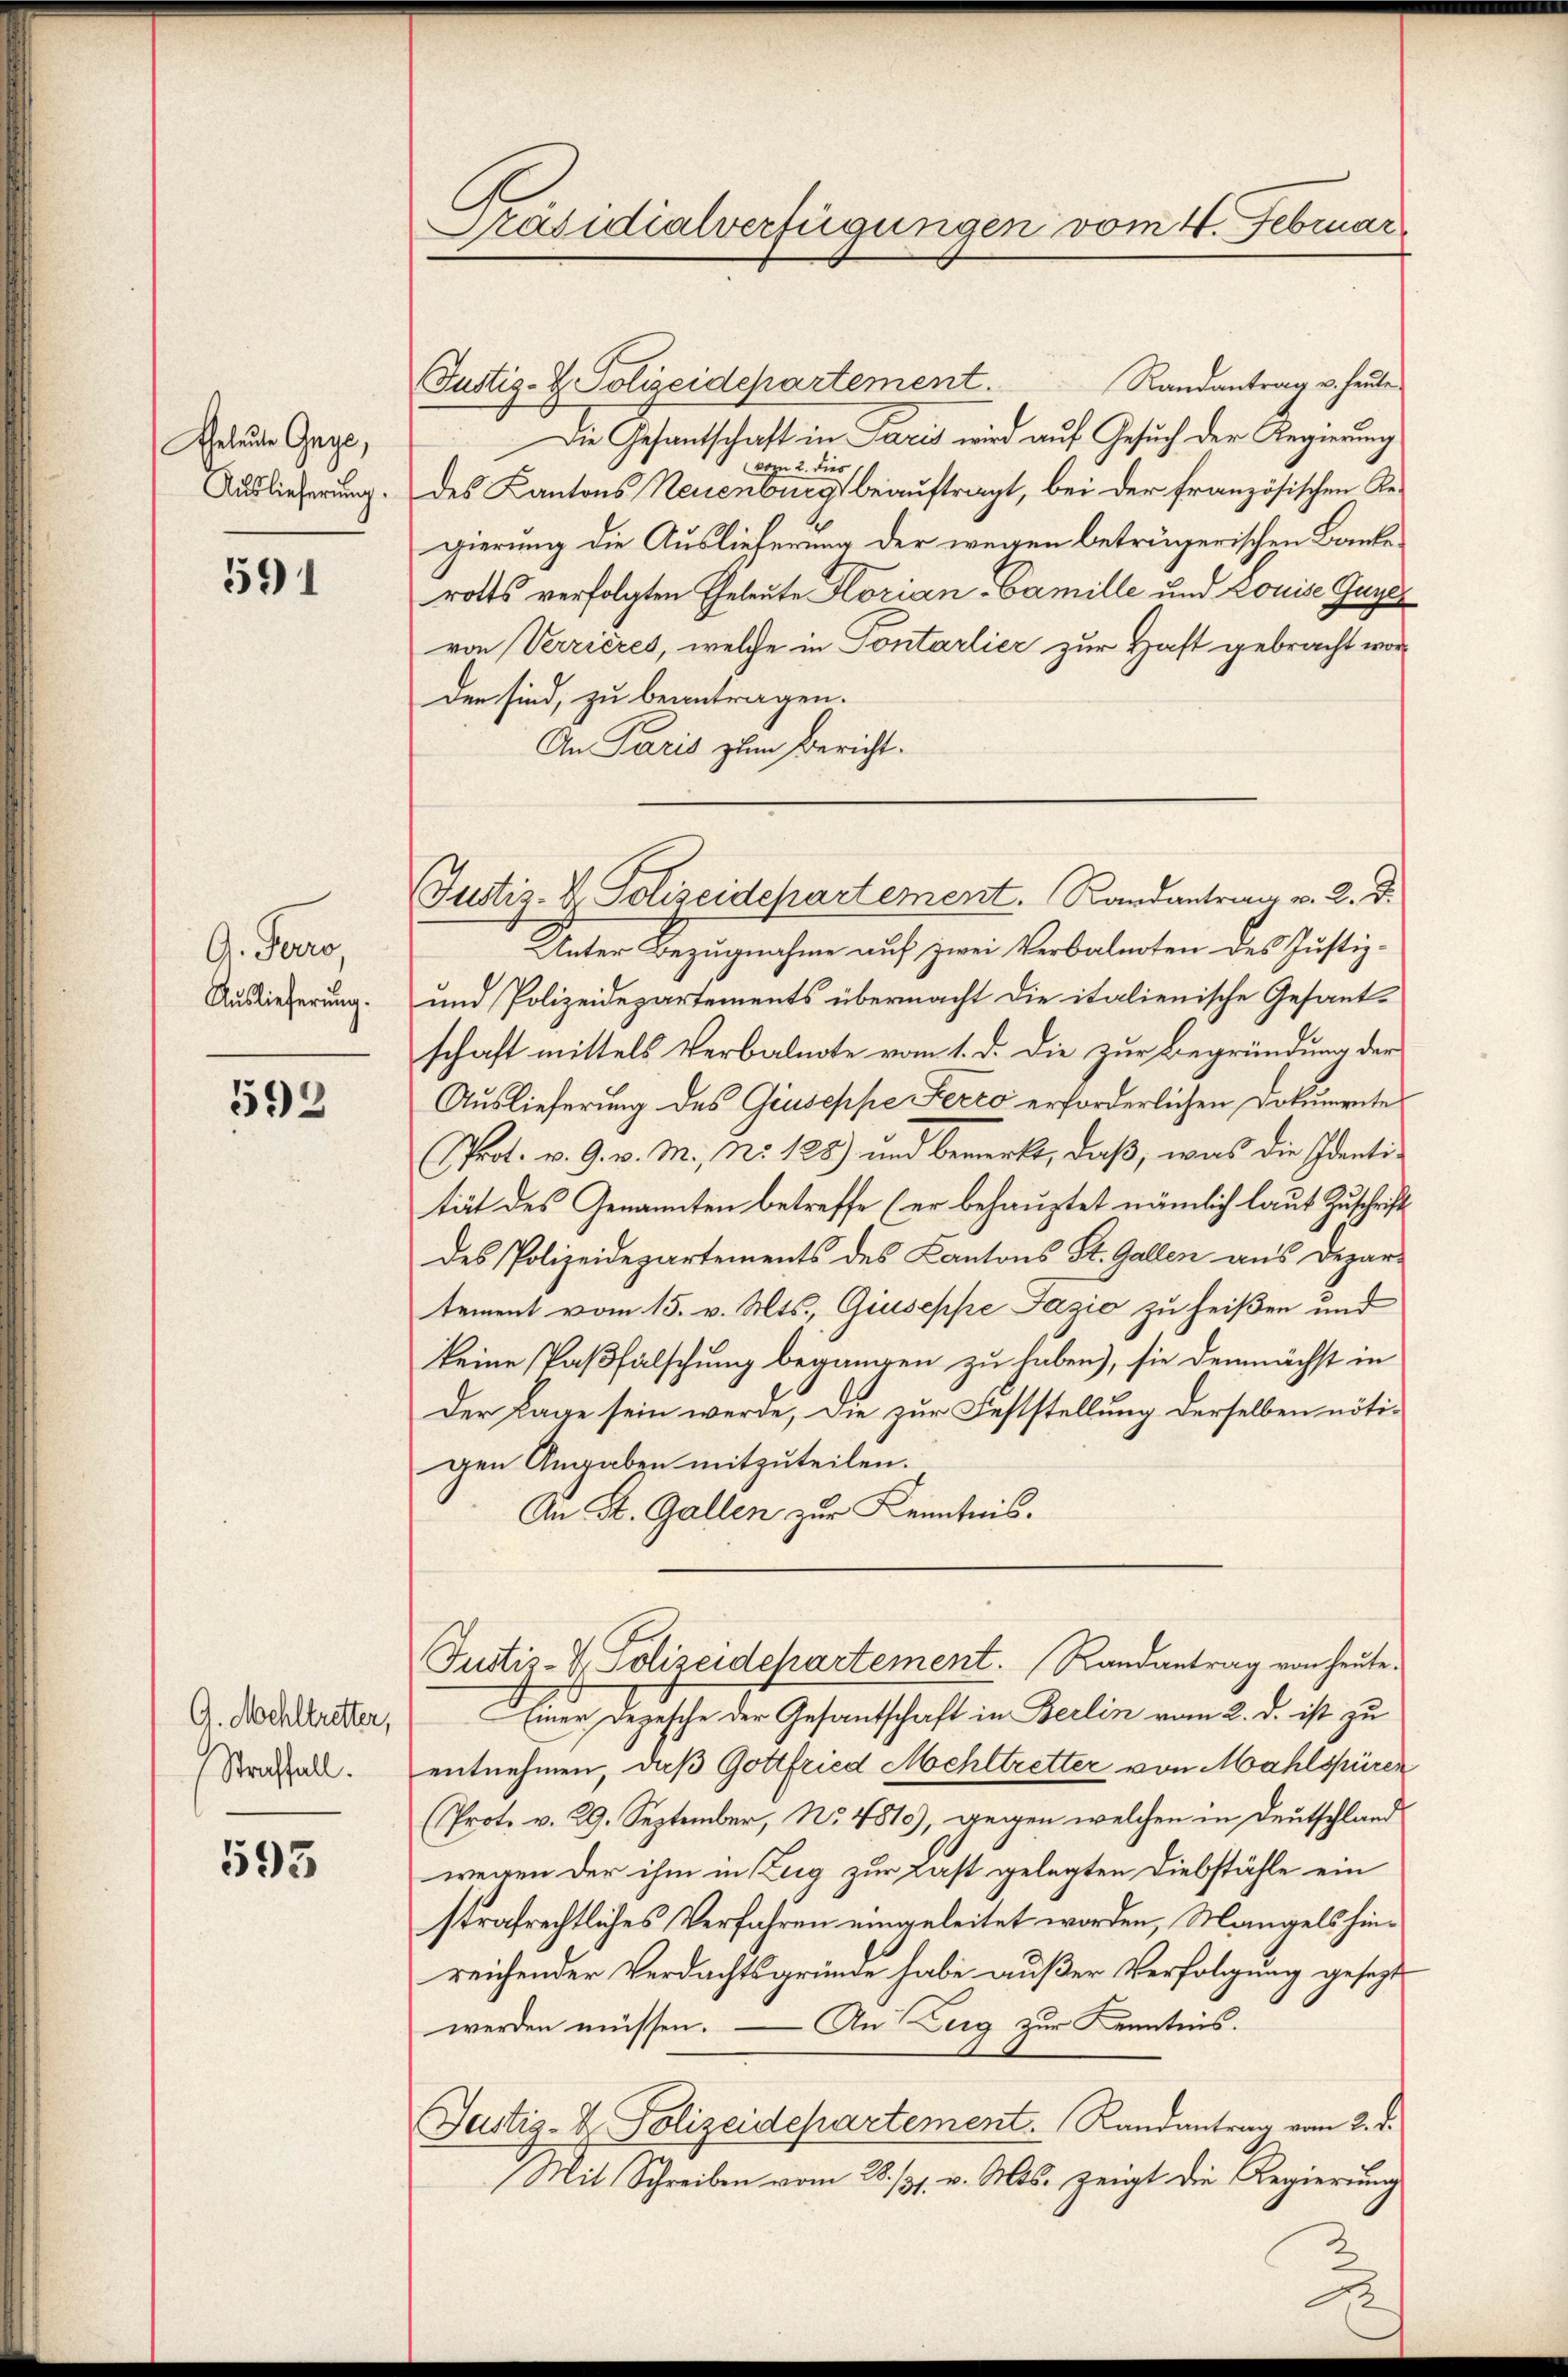
Eheleute Gage,
Auslieferung.

591

G. Sarro
Auslieferung.

592

G. Mehltritter,
Straffall.

593

Präsidialverfügungen vom 4. Februar

Randantrag u. heute.
Justiz- & Polizeidepartement.
Die Gesandtschaft in Paris wird auf Gesuch der Regierung
(vom 2. dies
des Kantons Neuenburg beauftragt, bei der französischen Regierung die Auslieferung der wegen beträgerischen Banke
rotts verfolgten Eheleute Horian Camille und Louise Guye
von Verzieres, welche in Pontarlier zur Haft gebracht worden sind, zu beantragen.
An Paris zum Bericht.
Unter Bezugnahme auf zwei Verbalnoten des Justiz¬
und Polizeidepartements übernacht die italienische Gesantschaft mittels Verbalnote vom 1. d. die zur Begründung der
Auslieferung des Giuseppe Ferro erforderlichen Dokumentes
Prot. v. 9. v. M., No 128) und bemerkt, daß, was die Identität des Genannten betreffe (er behauptet nämlich laut Zuschrift
des Polizeidepartements des Kantons St. Gallen aus Depar-
tement vom 15. v. Mts., Giuseppe Jazio zu heißen und
keine Paßfälschung begangen zu haben), sie demnächst in
Der Lage sein werde, die zur Feststellung derselben nötigen Angaben mitzuteilen.
An St. Gallen zur Kenntnis.
Justiz-Dr. Polizeidepartement. Randantrag von heute.
Einer Depesche der Gesantschaft in Berlin vom 2. d. ist zu
entnehmen, daß Gottfried Mehltretter von Mahlspüren
(Prote v. 29. September, No. 4810), gegen welchen in Deutschland
wegen der ihm in Zug zur Last gelegten Diebstähle ein
strafrechtliches Verfahren eingeleitet worden, Mangels hinreichender Verdachtsgründe habe außer Verfolgung gesezt
werden müssen. — An Zeig zur Kenntnis.
Justiz- & Polizeidepartement.   Randantrag vom 2. d.
Mit Schreiben vom 28. 131. v. Mts. zeigt die Regierung

Justiz- & Polizeidepartement. Randantrag v. 2. d.